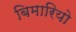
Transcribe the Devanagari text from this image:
बिमारियो